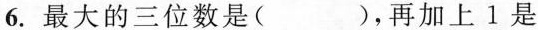
6.最大的三位数是()，再加上1是